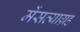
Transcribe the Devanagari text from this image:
मेंसत्याग्रह